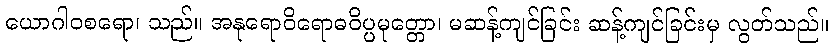
ယောဂါဝစရော၊ သည်။ အနုရောဝိရောဓဝိပ္ပမုတ္တော၊ မဆန့်ကျင်ခြင်း ဆန့်ကျင်ခြင်းမှ လွတ်သည်။